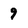
Character: 9